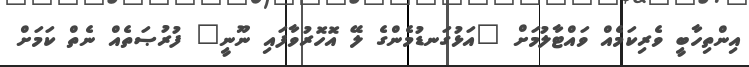
އިންތިހާބީ ވެރިކަމެއް ވައްޓާލުމަށް "އަޅުގަނޑުމެންގެ ލޭ އޮހޮރުވާފައި ނޫނީ" ފުރުޞަތެއް ނެތް ކަމަށް